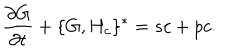
{ \frac { \partial G } { \partial t } } + \{ G , H _ { c } \} ^ { * } = s c + p c .